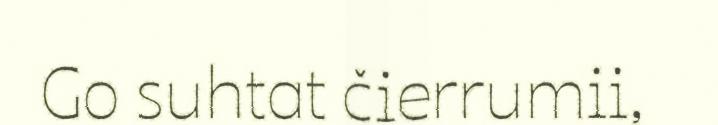
Go suhtat čierrumii,